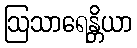
ဩသာရေန္တိယာ